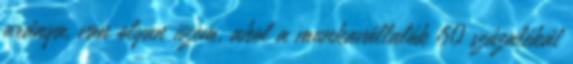
aránya, van olyan üzem, ahol a munkavállalók 60 százalékát